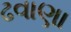
ઢવાણા